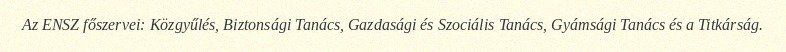
Az ENSZ főszervei: Közgyűlés, Biztonsági Tanács, Gazdasági és Szociális Tanács, Gyámsági Tanács és a Titkárság.